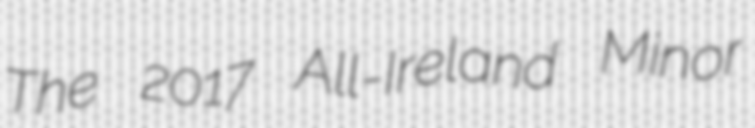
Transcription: The 2017 All-Ireland Minor